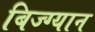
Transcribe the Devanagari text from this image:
बिज्ग्यान